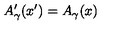
A _ { \gamma } ^ { \prime } ( x ^ { \prime } ) = A _ { \gamma } ( x )